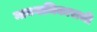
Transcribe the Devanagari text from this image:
मानवाधिकाराची